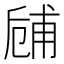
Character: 𠃃